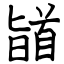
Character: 䭫